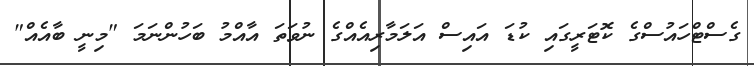
ގެސްޓްހައުސްގެ ކޮޓަރީގައި ކުޑަ އައިސް އަލަމާރިއެއްގެ ނުވަތަ އާއްމު ބަހުންނަމަ "މިނީ ބާއެއް"